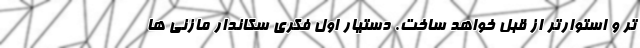
تر و استوارتر از قبل خواهد ساخت. دستیار اول فکری سکاندار مازنی ها